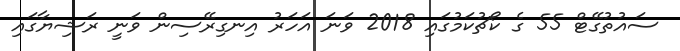
ސައުތުގޭޓް 55 ގެ ކޯޗުކަމުގައި 2018 ވަނަ އަހަރު އިނގިރޭސިން ވަނީ ރަޝިޔާގައި